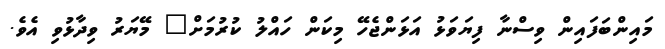
މައިންބަފައިން ވިސްނާ ފިޔަވަޅު އަޅަންޖެހޭ މިކަން ހައްލު ކުރުމަށް" މޭޔަރު ވިދާޅުވި އެވެ.